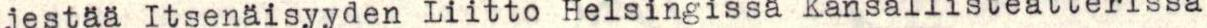
jestää Itsenäisyyden Liitto Helsingissä Kansallisteatterissa